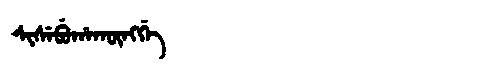
Manchu: ᠰᡳᠰᡝᠪᡠᡥᠠᡴᡡᠩᡤᡝ
Romanization: SISEBUHAKŪNGGE